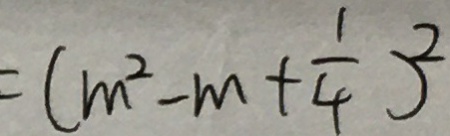
= ( m ^ { 2 } - m + \frac { 1 } { 4 } ) ^ { 2 }